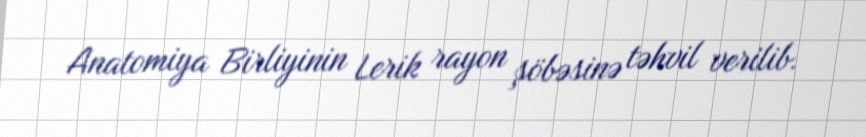
Anatomiya Birliyinin Lerik rayon şöbəsinə təhvil verilib.